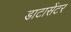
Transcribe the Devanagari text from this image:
डाटासेंटर